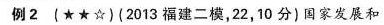
例2(★★☆)(2013福建二模，22，10分)国家发展和